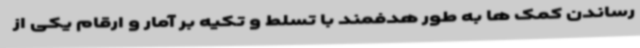
رساندن کمک ها به طور هدفمند با تسلط و تکیه بر آمار و ارقام یکی از